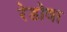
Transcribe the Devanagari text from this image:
रेडोवा